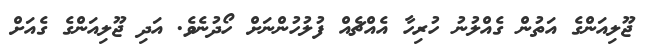
ޖޫލިއަންގެ އަތުން ގެއްލުނު ހުރިހާ އެއްޗެއް ފުލުހުންނަށް ހޯދުނެވެ. އަދި ޖޫލިއަންގެ ގެއަށް